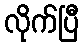
လိုက်ပြီ